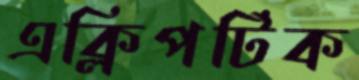
এক্লিপটিক